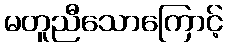
မတူညီသောကြောင့်